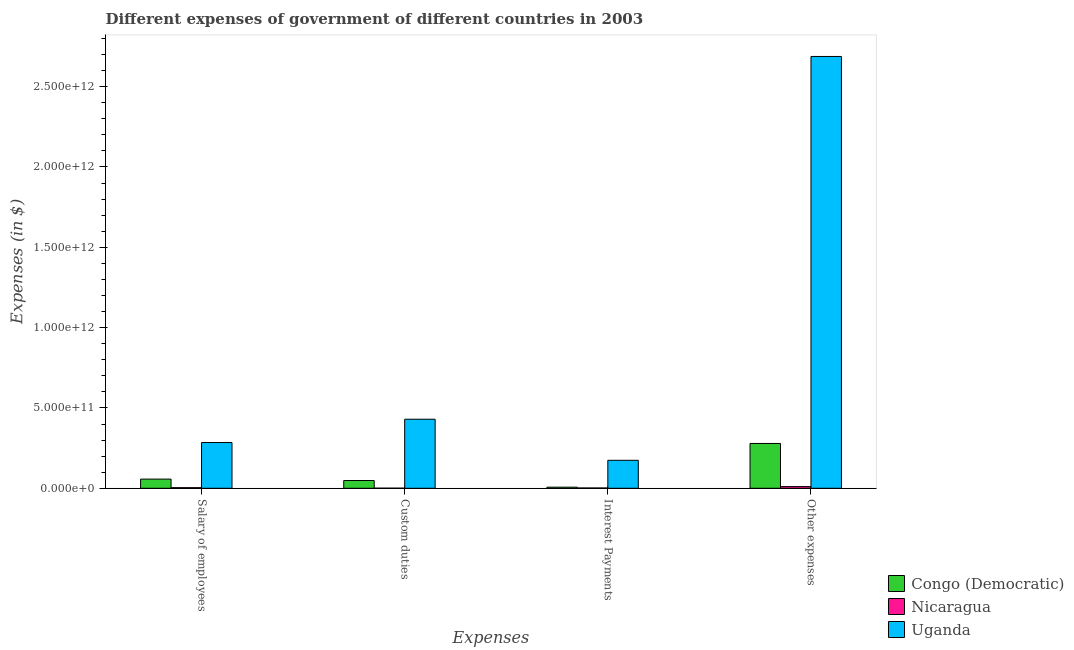
| Expenses | Congo (Democratic) | Nicaragua | Uganda |
 | --- | --- | --- | --- |
 | Salary of employees | 5.71e+10 | 3.83e+09 | 2.85e+11 |
 | Custom duties | 4.84e+10 | 6.28e+08 | 4.3e+11 |
 | Interest Payments | 6.88e+09 | 1.92e+09 | 1.74e+11 |
 | Other expenses | 2.79e+11 | 1.06e+10 | 2.69e+12 |